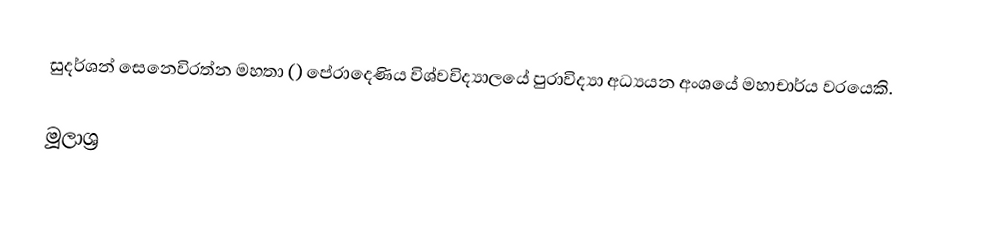
සුදර්ශන් සෙනෙවිරත්න මහතා () පේරාදෙණිය විශ්වවිද්‍යාලයේ පුරාවිද්‍යා අධ්‍යයන අංශයේ මහාචාර්ය වරයෙකි.

මූලාශ්‍ර